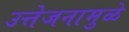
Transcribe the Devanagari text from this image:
उत्तेजनामुळे